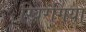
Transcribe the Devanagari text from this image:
खिरंगिया